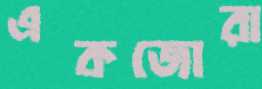
একজোরা